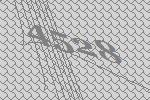
4528